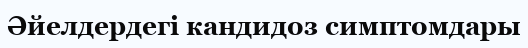
Әйелдердегі кандидоз симптомдары